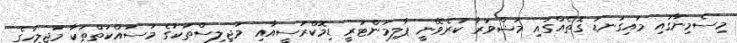
މިސެމިނާގައި މައިގަނޑު ގޮތެއްގައި މަޝްވަރާ ކުރެވޭނީ ޕާލިމަންޓަރީ ޑިމޮކްރަސީއާއި މަޖިލިސްތަކުގެ މަސައްކަތްތަކާ މަޖިލީހުގެ